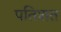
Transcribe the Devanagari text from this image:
पतिशत